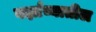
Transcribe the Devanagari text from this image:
वर्झाव्यातील